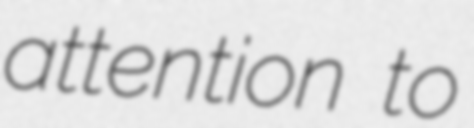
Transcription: attention to